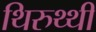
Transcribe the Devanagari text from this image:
थिरुथ्थी